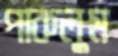
পাকলুম